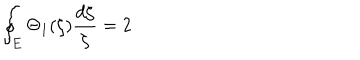
LaTeX: \oint _ { E } \Theta _ { 1 } ( \zeta ) \frac { d \zeta } { \zeta } = 2